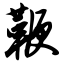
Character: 鞭